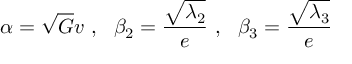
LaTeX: \alpha = \sqrt { G } v \ , \ \ \beta _ { 2 } = \frac { \sqrt { \lambda _ { 2 } } } { e } \ , \ \ \beta _ { 3 } = \frac { \sqrt { \lambda _ { 3 } } } { e }